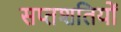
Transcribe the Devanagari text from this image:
सप्तशतियों